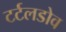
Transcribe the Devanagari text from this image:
टर्टलडोव